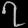
Digit: ၇